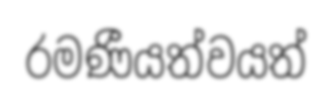
රමණීයත්වයත්